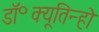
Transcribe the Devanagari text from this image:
डॉ॰क्यूतिन्हो